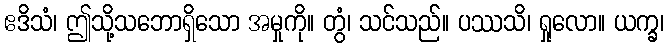
ဧဒိသံ၊ ဤသို့သဘောရှိသော အမှုကို။ တွံ၊ သင်သည်။ ပဿသိ၊ ရှုလော။ ယက္ခ၊